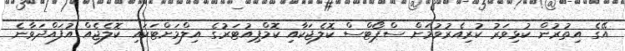
އޭގެ އިތުރުން ކުޅިވަރު ކުރިއެރުވުމަށް ސްޕޯޓްސް ކޮލެޖަކާއި ކޮމްޕިއުޓަރުގެ އިލްމަށްޓަކައި ކޮލެޖެއް އުފައްދަވާނެ